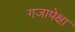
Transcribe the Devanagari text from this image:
गजापेक्षा